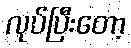
လုပ်ပြီးတော့